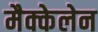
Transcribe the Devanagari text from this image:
मैक्केलेन